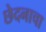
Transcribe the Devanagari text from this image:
छेदनाचा